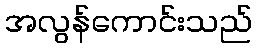
အလွန်ကောင်းသည်